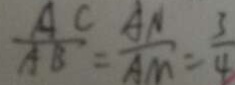
\frac { A C } { A B } = \frac { A N } { A M } = \frac { 3 } { 4 }